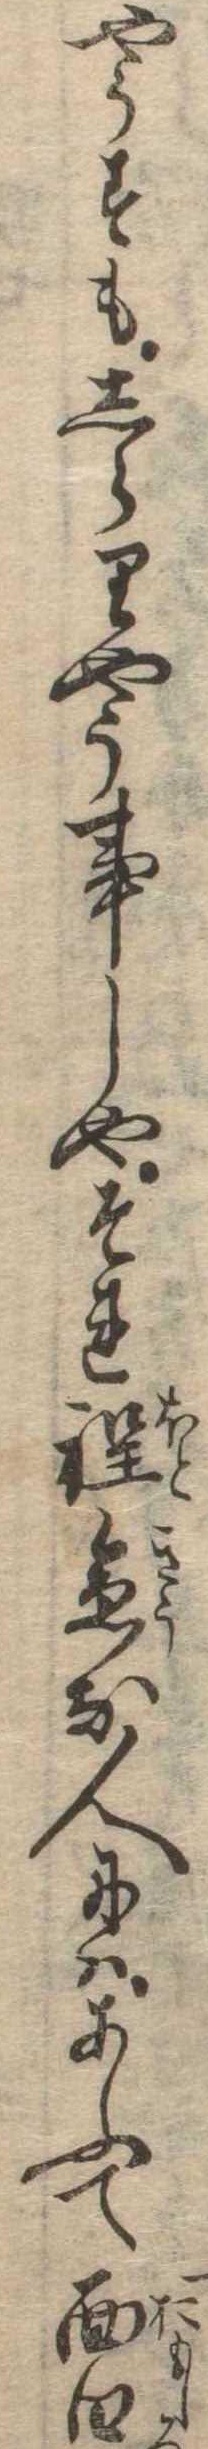
やうすもしらりやう事しやそれ程急な人にはあふて面白